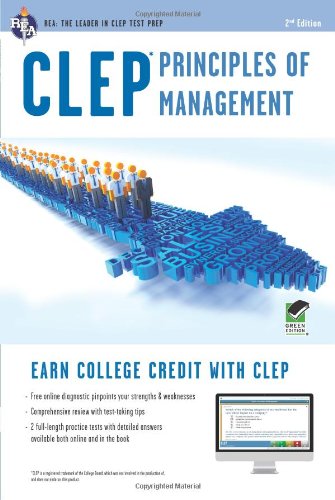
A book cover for CLEPÂ® Principles of Management Book + Online (CLEP Test Preparation); Dr. John R Ogilvie Ph.D.; Test Preparation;